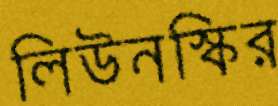
লিউনস্কির